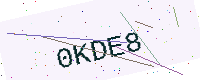
Text: 0KDE8